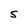
Character: 5